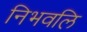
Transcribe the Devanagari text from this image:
निभवलि